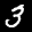
Label: 3